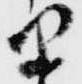
里